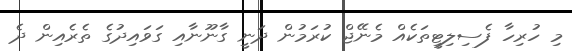
މި ހުރިހާ ފެސިލިޓީތަކެއް މެނޭޖް ކުރަމުން ދަނީ ގާނޫނާއި ގަވައިދުގެ ތެރެއިން ދެ